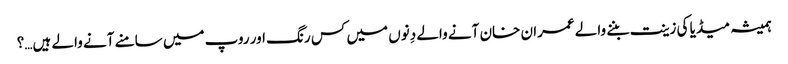
ہمیشہ میڈیا کی زینت بننے والے عمران خان آنے والے دِنوں میں کس رنگ اور روپ میں سامنے آنے والے ہیں…؟